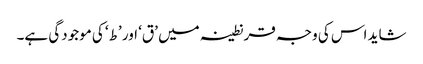
شاید اس کی وجہ قرنطینہ میں ’ق‘ اور ’ط‘ کی موجودگی ہے۔